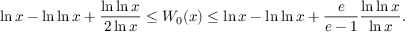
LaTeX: \ln x - \ln \ln x + { \frac { \ln \ln x } { 2 \ln x } } \leq W _ { 0 } ( x ) \leq \ln x - \ln \ln x + { \frac { e } { e - 1 } } { \frac { \ln \ln x } { \ln x } } .